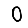
Digit: 0